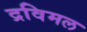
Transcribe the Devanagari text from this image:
द्रविमल